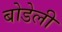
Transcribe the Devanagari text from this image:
बोडेली